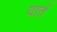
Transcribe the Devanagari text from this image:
दार्त